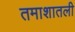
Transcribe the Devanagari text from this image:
तमाशातली